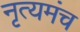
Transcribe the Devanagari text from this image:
नृत्यमंच